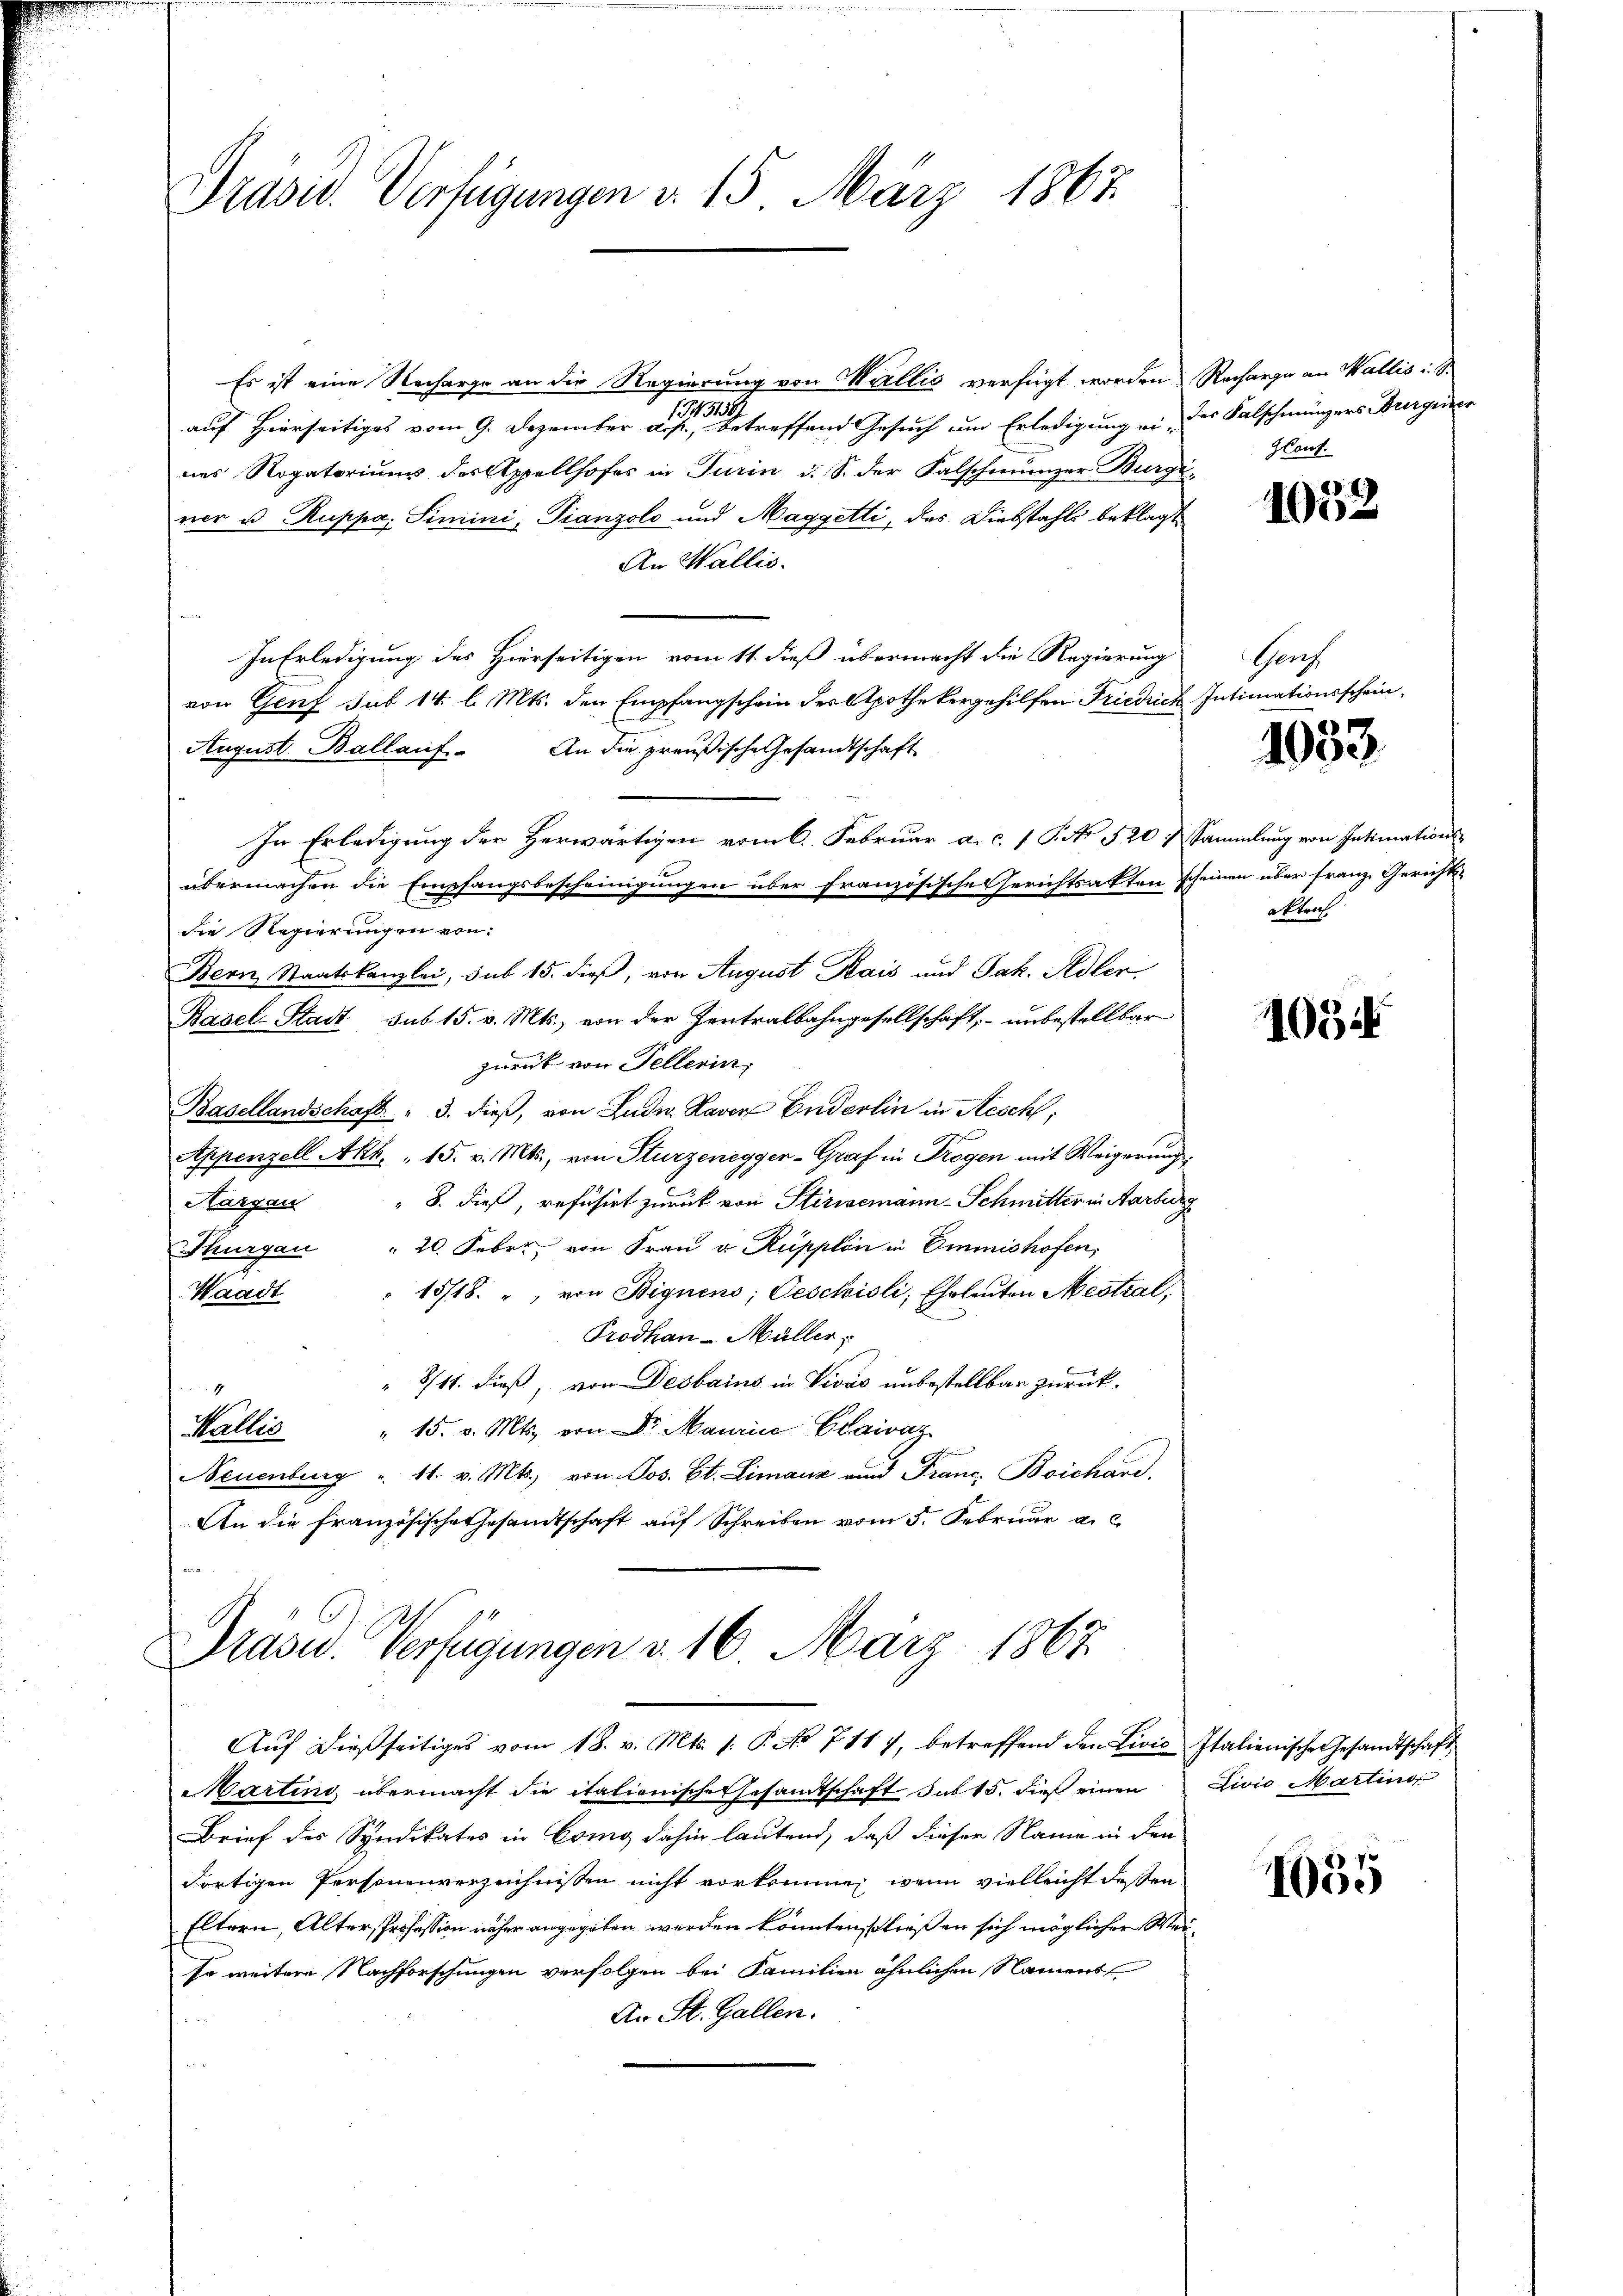
Präsid. Verfügungen d. 15 März 1867.

Es ist eine Nacharge an die Regierung von Wallis verfügt worden Recharge an Wallis i. S.
auf hierseitiges vom 9. Dezember die betreffend Gesuch um Erledigung ein des Falschmünzers Brergeizer
nes Rogatoriums der Appellhofes in Turin d. S. der Falschmunzer Burginer u. Ruppa, Simini, Pianzolo und Maggetti, das Diebstahls beklagt
An Wallis.
In Erledigung des Hierseitigen vom 11. dieß übermacht die Regierung
von Genf sub 14. l. Mts. den Empfangschein der Apothekergehilfen Friedrich Intimationsschein,
August Ballauf. An die preußische Gesandtschaft
In Erledigung der Herwärtigen vom 6. Februar a. c. 1 S. No 520 & Sammlung von Intimations-
übermachen die Empfangsbescheinigungen über französische Gerichtsatten scheinen über franz Gerichtsdie Regierungen von:
Bern, Staatskanzlei, sub 15. ders, von August Kais und Jak. Adler,
Basel-Stadt sub 15. v. Mts., von der Zentralbahngesellschaft, – unbestellbar
zweck von Tellerin,
Basellandschaft " 3. dieß, von Ludw Haver Enderlin in Aeschl
Appenzell Akh. „ 15. v. Mts., von Sturzenegger-Graf in Trogen mit Weigerung,
8. dieß, refüsirt zurück von Stirisemann-Schmitter in Aarburg
Hargau
Thurgau " 20. Feber, von Frau u. Rupplin in Emmnishofen,
15/18. " von Bignens; Geschisli, Eheleuten Mestral,
Waadt
Prodhan-Müller
8/11. dieß, von Dessains in Vivás unbestellbar zurück¬
1
" 15. v. Mts. von Dr. Maurice Cavaz
Wallis
Neuenburg u. 11. v. Mts. von Jos. Et. Limaux und Franc, Boichard.
An die französische Gesandtschaft auf Schreiben vom 5. Februar a. c.

Präsid. Verfügungen d. 16. März 1867
Aŭf dießseitiges vom 18. v. Mts. 1. P. No 711 7, betreffend den Livis Italienische Gesandtschaft
Martins übermacht die italienische Gesamtschaft sub 15. dieß einen

Brief des Syndikates in bring dahin lautend, daß dieser Name in den
dortigen Personenverzeichnissen nicht vorkommen, wenn vielleicht dessen
Eltern, Alter, Profession näher angegeben werden könnten soließen sich möglicher Weiso weitere Nachforschungen verfolgen bei Familien ähnlichen Nament
An St. Gallen.

HCout.

1052

Gers

1033

akten

103.

Livio Marting

1035